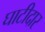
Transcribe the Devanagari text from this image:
घाटीदार